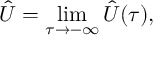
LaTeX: \hat { U } = \operatorname * { l i m } _ { \tau \to - \infty } \hat { U } ( \tau ) ,